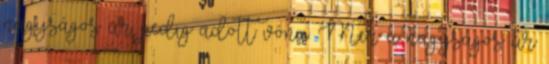
nagyságos úr pedig adott vóna. Mer a nagyságos úr